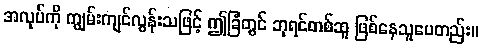
အလုပ်ကို ကျွမ်းကျင်လွန်းသဖြင့် ဤခြံတွင် ဘုရင်တစ်ဆူ ဖြစ်နေသူပေတည်း။